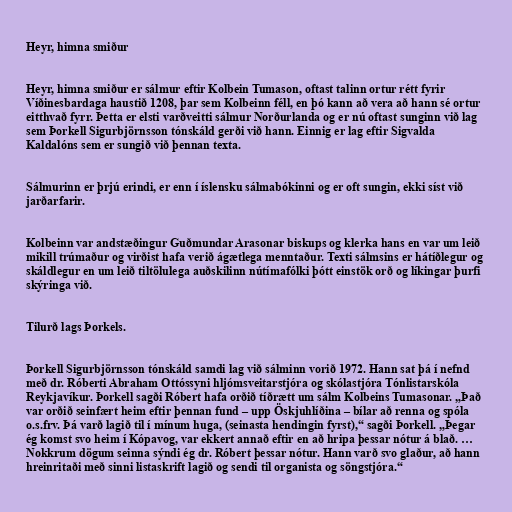
Heyr, himna smiður

Heyr, himna smiður er sálmur eftir Kolbein Tumason, oftast talinn ortur rétt fyrir
Víðinesbardaga haustið 1208, þar sem Kolbeinn féll, en þó kann að vera að hann sé ortur
eitthvað fyrr. Þetta er elsti varðveitti sálmur Norðurlanda og er nú oftast sunginn við lag
sem Þorkell Sigurbjörnsson tónskáld gerði við hann. Einnig er lag eftir Sigvalda
Kaldalóns sem er sungið við þennan texta.

Sálmurinn er þrjú erindi, er enn í íslensku sálmabókinni og er oft sungin, ekki síst við
jarðarfarir.

Kolbeinn var andstæðingur Guðmundar Arasonar biskups og klerka hans en var um leið
mikill trúmaður og virðist hafa verið ágætlega menntaður. Texti sálmsins er hátíðlegur og
skáldlegur en um leið tiltölulega auðskilinn nútímafólki þótt einstök orð og líkingar þurfi
skýringa við.

Tilurð lags Þorkels.

Þorkell Sigurbjörnsson tónskáld samdi lag við sálminn vorið 1972. Hann sat þá í nefnd
með dr. Róberti Abraham Ottóssyni hljómsveitarstjóra og skólastjóra Tónlistarskóla
Reykjavíkur. Þorkell sagði Róbert hafa orðið tíðrætt um sálm Kolbeins Tumasonar. „Það
var orðið seinfært heim eftir þennan fund – upp Öskjuhlíðina – bílar að renna og spóla
o.s.frv. Þá varð lagið til í mínum huga, (seinasta hendingin fyrst),“ sagði Þorkell. „Þegar
ég komst svo heim í Kópavog, var ekkert annað eftir en að hripa þessar nótur á blað. …
Nokkrum dögum seinna sýndi ég dr. Róbert þessar nótur. Hann varð svo glaður, að hann
hreinritaði með sinni listaskrift lagið og sendi til organista og söngstjóra.“